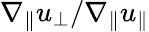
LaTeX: \nabla_{\| }u_{\perp}/\nabla_{\| }u_{\| }